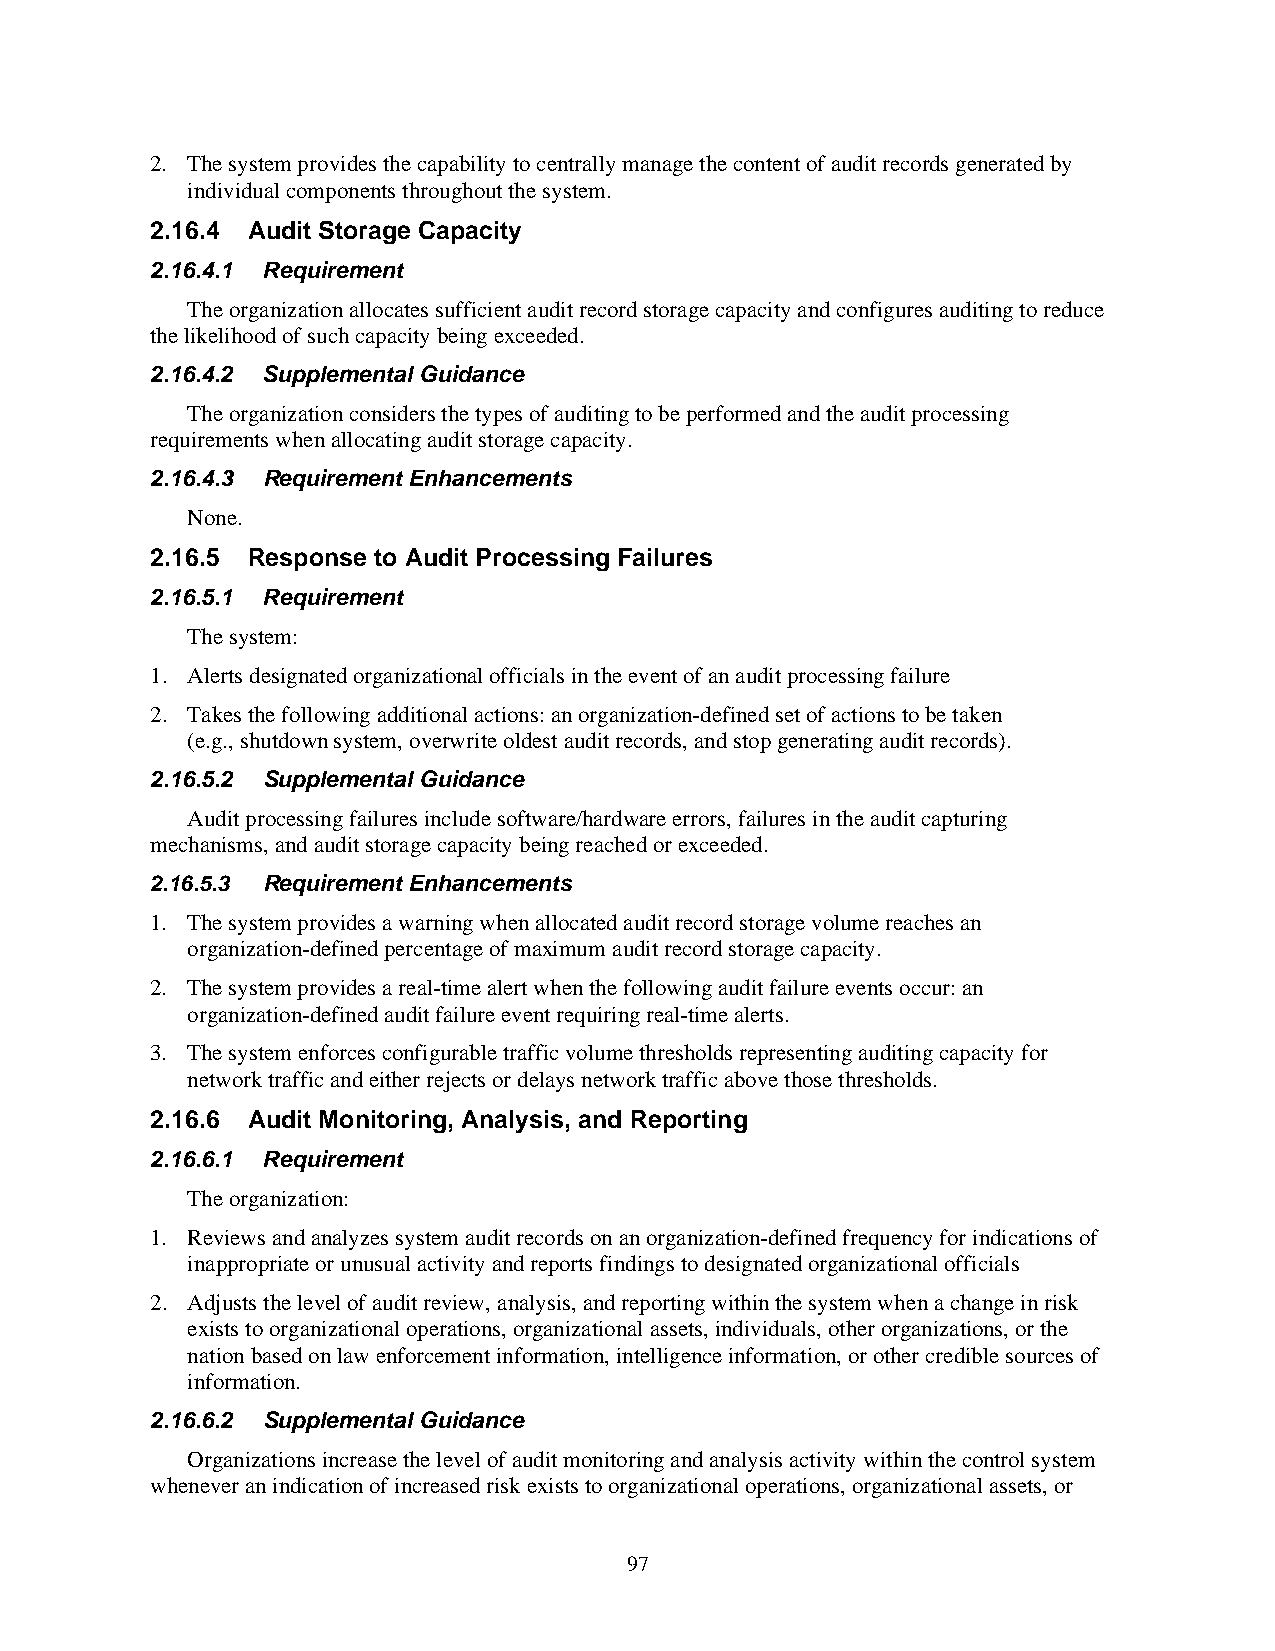
2. The system provides the capability to centrally manage the content of audit records generated by
 individual components throughout the system.
 2.16.4 Audit Storage Capacity
 2.16.4.1 Requirement
 The organization allocates sufficient audit record storage capacity and configures auditing to reduce
 the likelihood of such capacity being exceeded.
 2.16.4.2 Supplemental Guidance
 The organization considers the types of auditing to be performed and the audit processing
 requirements when allocating audit storage capacity.
 2.16.4.3 Requirement Enhancements
 None.
 2.16.5 Response to Audit Processing Failures
 2.16.5.1 Requirement
 The system:
 1. Alerts designated organizational officials in the event of an audit processing failure
 2. Takes the following additional actions: an organization-defined set of actions to be taken
 (e.g., shutdown system, overwrite oldest audit records, and stop generating audit records).
 2.16.5.2 Supplemental Guidance
 Audit processing failures include software/hardware errors, failures in the audit capturing
 mechanisms, and audit storage capacity being reached or exceeded.
 2.16.5.3 Requirement Enhancements
 1. The system provides a warning when allocated audit record storage volume reaches an
 organization-defined percentage of maximum audit record storage capacity.
 2. The system provides a real-time alert when the following audit failure events occur: an
 organization-defined audit failure event requiring real-time alerts.
 3. The system enforces configurable traffic volume thresholds representing auditing capacity for
 network traffic and either rejects or delays network traffic above those thresholds.
 2.16.6 Audit Monitoring, Analysis, and Reporting
 2.16.6.1 Requirement
 The organization:
 1. Reviews and analyzes system audit records on an organization-defined frequency for indications of
 inappropriate or unusual activity and reports findings to designated organizational officials
 2. Adjusts the level of audit review, analysis, and reporting within the system when a change in risk
 exists to organizational operations, organizational assets, individuals, other organizations, or the
 nation based on law enforcement information, intelligence information, or other credible sources of
 information.
 2.16.6.2 Supplemental Guidance
 Organizations increase the level of audit monitoring and analysis activity within the control system
 whenever an indication of increased risk exists to organizational operations, organizational assets, or
 97